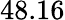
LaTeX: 48.16